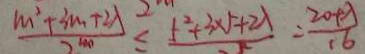
\frac { m ^ { 2 } + 3 m + 2 \lambda } { 2 ^ { m } } \leq \frac { 5 ^ { 2 } + 3 \times 5 + 2 \lambda } { 2 ^ { 5 } } = \frac { 2 0 + \lambda } { 1 6 }